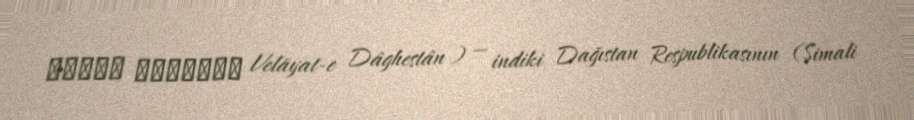
ولایت داغستان Velāyat-e Dâghestân ) — indiki Dağıstan Respublikasının (Şimali